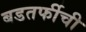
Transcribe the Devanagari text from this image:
बडतर्फीची